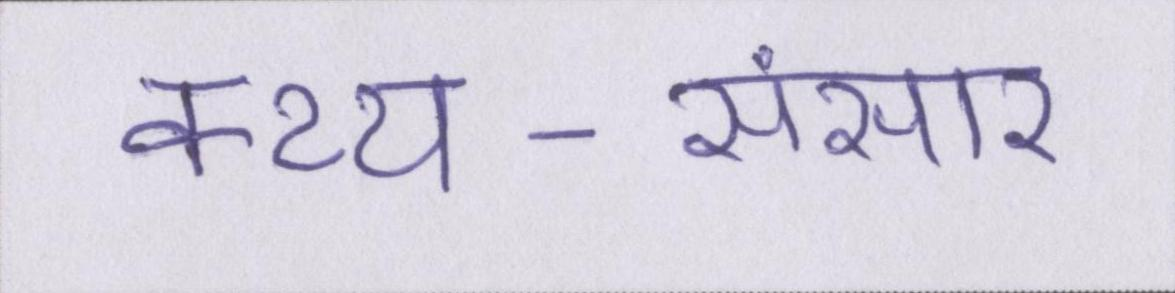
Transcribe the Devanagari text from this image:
कथ्य-संसार